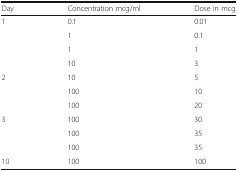
<table><thead><tr><td><b>Day</b></td><td><b>Concentration mcg/ml</b></td><td><b>Dose in mcg</b></td></tr></thead><tbody><tr><td rowspan="4">1</td><td>0.1</td><td>0.01</td></tr><tr><td>1</td><td>0.1</td></tr><tr><td>1</td><td>1</td></tr><tr><td>10</td><td>3</td></tr><tr><td rowspan="3">2</td><td>10</td><td>5</td></tr><tr><td>100</td><td>10</td></tr><tr><td>100</td><td>20</td></tr><tr><td rowspan="3">3</td><td>100</td><td>30</td></tr><tr><td>100</td><td>35</td></tr><tr><td>100</td><td>35</td></tr><tr><td>10</td><td>100</td><td>100</td></tr></tbody></table>